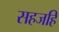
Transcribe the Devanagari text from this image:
सहजहि